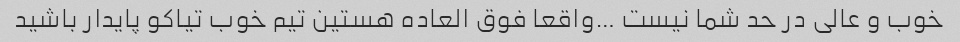
خوب و عالی در حد شما نیست …واقعا فوق العاده هستین تیم خوب تیاکو پایدار باشید